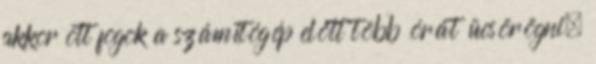
akkor ott fogok a számítógép előtt több órát ücsörögni,